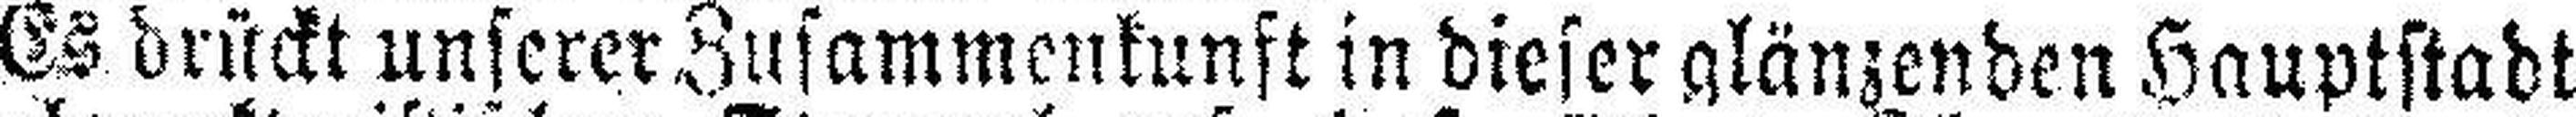
Es brückt unserer Zusammenkunft in dieser glänzenden Hauptstadt